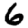
Digit: 6